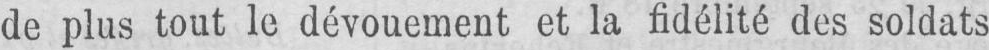
de plus tout le dévouement et la fidélité des soldats